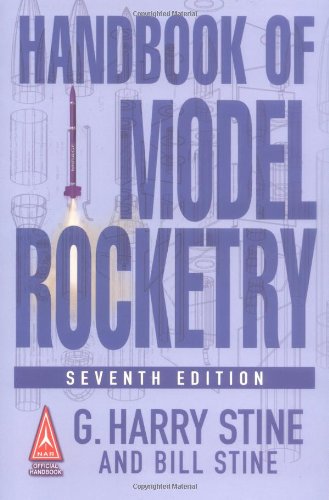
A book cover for Handbook of Model Rocketry, 7th Edition (NAR Official Handbook); G. Harry Stine; Crafts, Hobbies & Home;